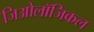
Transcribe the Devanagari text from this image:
जिओलॉजिकल